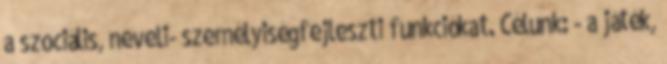
a szociális, nevelı- személyiségfejlesztı funkciókat. Célunk: - a játék,